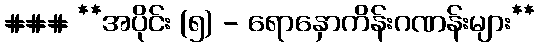
### **အပိုင်း (၅) - ရောနှောကိန်းဂဏန်းများ**